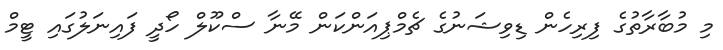
މި މުބާރާތުގެ ފިރިހެން ޑިވިޝަނުގެ ޗެމްޕިއަންކަން މޭނާ ސްކޫލް ހޯދީ ފައިނަލުގައި ޓީމް